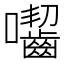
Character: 囓